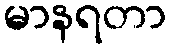
မာနရတာ